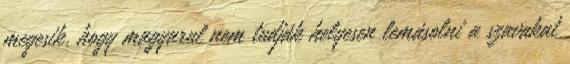
megesik, hogy magyarul nem tudják helyesen lemásolni a szavakat